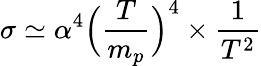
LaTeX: \sigma\simeq\alpha^{4}\Bigl(\frac{T}{m_{p}}\Bigr)^{4}\times\frac{1}{T^{2}}